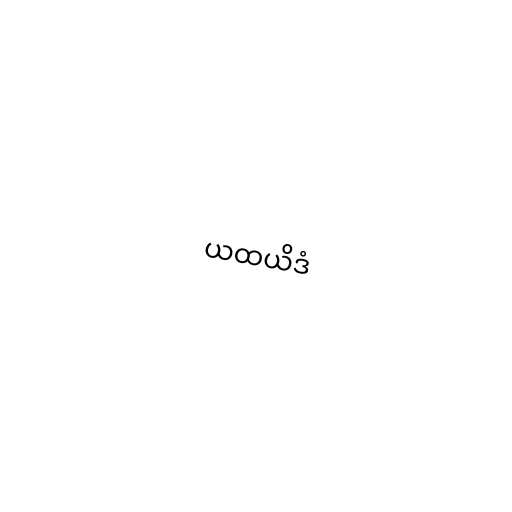
ယထယိဒံ